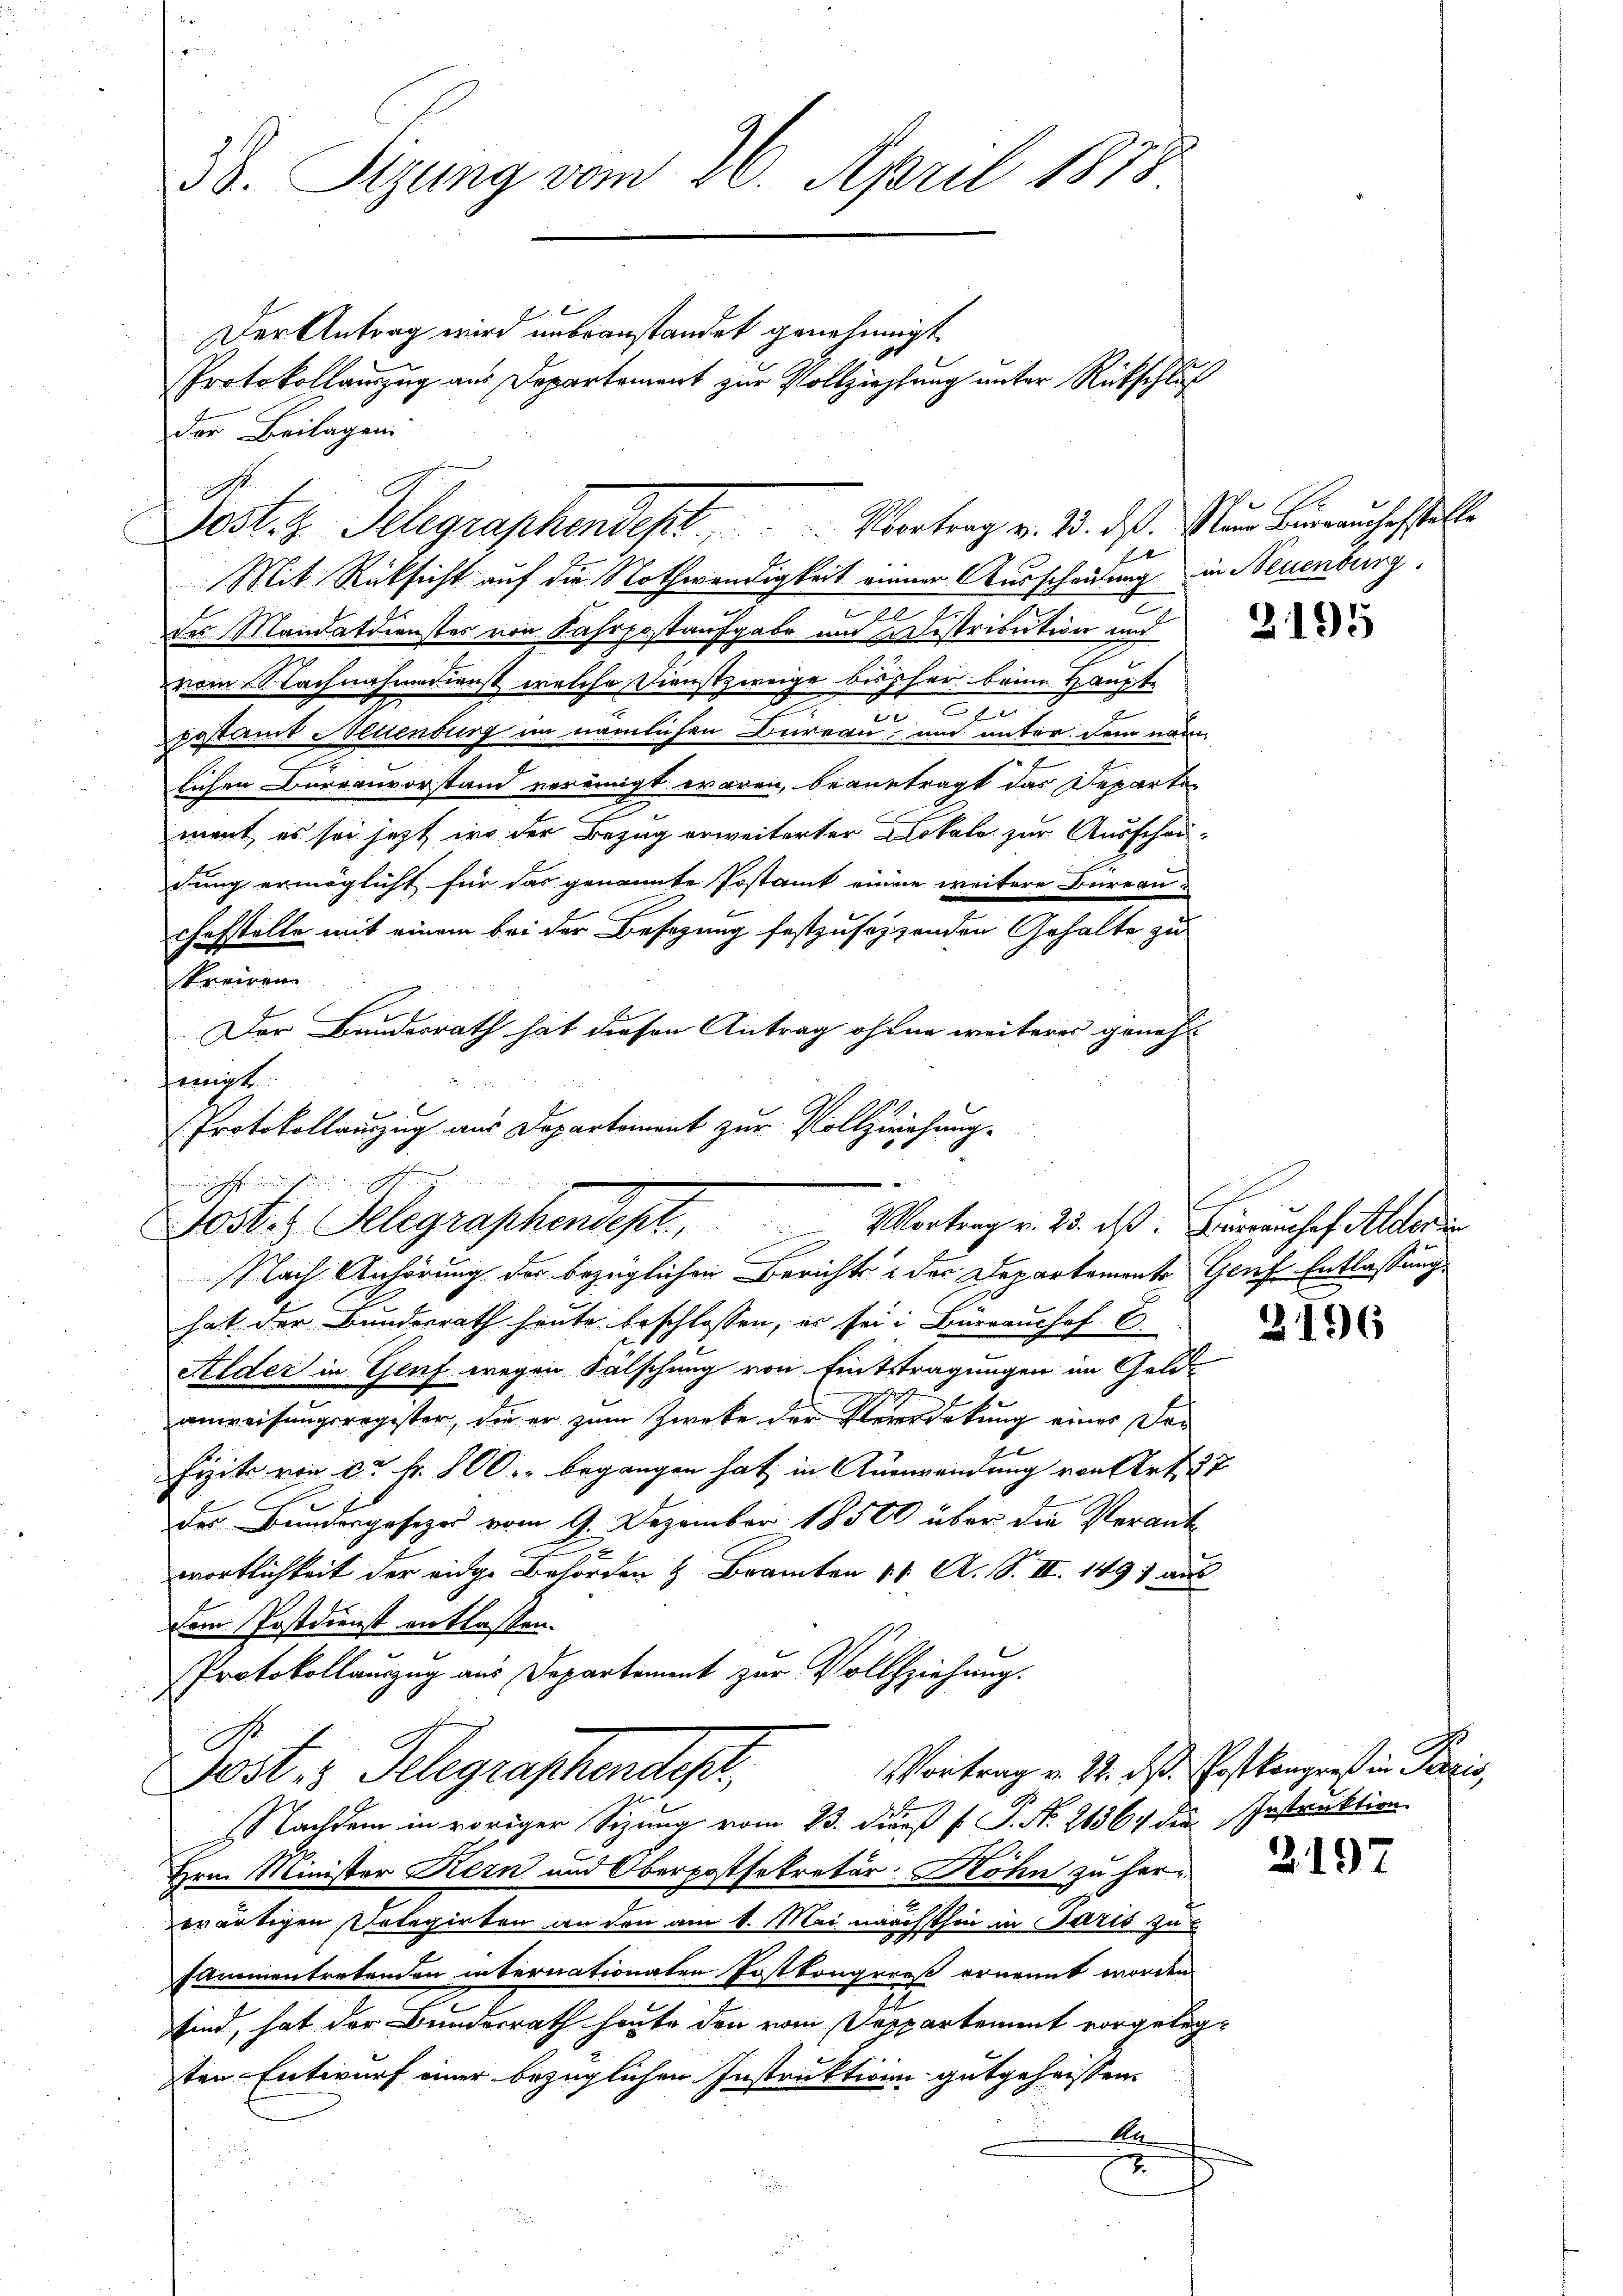
38. Sizung vom 20. April 1873

der Beilagen

Der Antrag wird unbeanstandet genehmigt
Protokollauszug aus Departement zur Vollziehung unter Rückschluß

.
Post. z. Telegraphendept.   . Übertrag v. 13. ds. Nun hierauchestelle
x

Mit Rücksicht auf die Nothwendigkeit einer Ausscheilung in Neuenburg.
2
2
des Mandatdienstes von Fahrpostaufgabe und Distribution und
vom Nachnahmedienst welche Dienstzweige bisher beim Haupte
2
1
gestamt allenburg im nämlichen Bureau um unter dem nam
lichen Bureauvorstand vereinigt waren, beantragt das Departe-
ment es sei jetzt wo der Bezug erweiterter Blokale zur Ausschau-
dung ermöglicht für das genannte Postamt einen weitere Bureau-
chofstelle mit einem bei der Besezung festzusetzenden Gehalte zu
treiren
Der Bundesrath hat diesen Antrag ohnen weiteres geneh
damit
Protokollauszug aus Departement zur Vollziehung¬

e
I
Postes Gelegraphendept, Vortrag v. 23. daß immenhaft dere

Nach Anhörung der bezüglichen Berichts & der Departemente Genf Entlassung
hat der Bundesrath heute beschlossen, es sei: Bürrauchof C
Alder in Genf wegen Fälschung von Eintstragungen im Gold-
anweisungsregister, die er zum Zwecke der Verordekung eines Dor
2
Fizit von ca Fr. 800. begangen hat in Auswendung von Art. 27
des Bundesgesezes vom 9. Dezember 18500 über die Verant-
wortlichkeit der eidge Behörden & Branten 11. A. S. II. 1491 aus
dem Postdienst entlassen.
Protokollauszug aus Departement zur Vollziehung.
.
Vortrag v. 22. ds Postkangreß in Paris,
Jost 3 Telegraphendest,
NNachdem in voriger Sitzung vom 23. Diens f. P. Nr. 2136. die Instraktion
Hrn. Minister Kern und Oberpostsekretär Höhn zu here
erartigen Delegirten an den am 1. Mai nächsthin in Paris zu
sammentretenden internationaten Postkongreß ernennt worden
sind, hat der Bundesrath heute den vom Deppartement vorgelegsten Entwurf einer bezüglichen Instruktion gutgeheissen.
An

1

2195

s

2196

2197